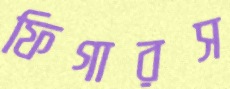
ফিগারস